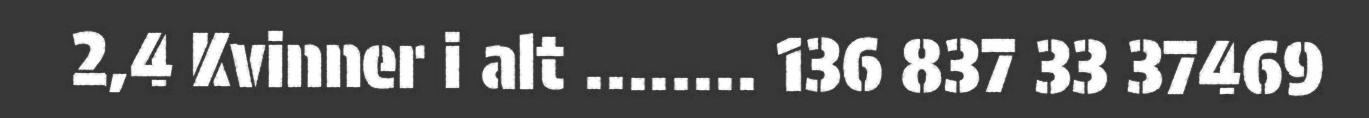
2,4 Kvinner i alt ........ 136 837 33 37469